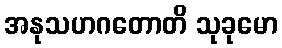
အနုသဟဂတောတိ သုခုမော